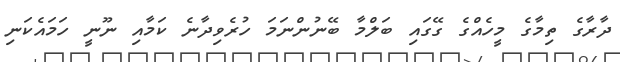
ދާރާގެ ތިމާގެ މީހެއްގެ ގޭގައި ބަލްމާ ބޭނުންނަމަ ހުރެވިދާނެ ކަމާއި ނޫނީ ހަމައެކަނި